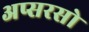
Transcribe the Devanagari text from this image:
अप्सरसो